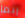
ربما